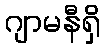
ဂျာမနီရှိ